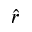
\hat { r }